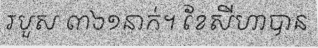
របួស ៣៦១នាក់។ ខែសីហាបាន